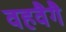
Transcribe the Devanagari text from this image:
वहवैगै